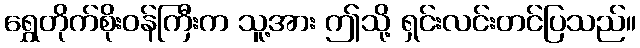
ရွှေတိုက်စိုးဝန်ကြီးက သူ့အား ဤသို့ ရှင်းလင်းတင်ပြသည်။